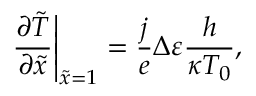
{ \left. { \frac { { \partial \tilde { T } } } { { \partial \tilde { x } } } } \right| _ { \tilde { x } = 1 } } = \frac { j } { e } \Delta \varepsilon \frac { h } { { \kappa { T _ { 0 } } } } ,